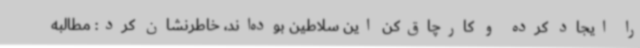
را ایجاد کرده و کارچاق‌کن این سلاطین بوده‌اند، خاطرنشان کرد: مطالبه